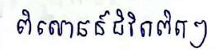
ពិសោធន៍ជីវិតពិតៗ